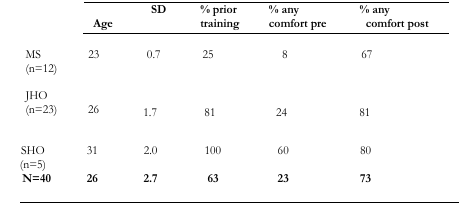
<table><thead><tr><td></td><td><b>Age</b></td><td><b>SD</b></td><td><b>% prior training</b></td><td><b>% any comfort pre</b></td><td><b>% any comfort post</b></td></tr></thead><tbody><tr><td>MS (n=12)</td><td>23</td><td>0.7</td><td>25</td><td>8</td><td>67</td></tr><tr><td>JHO (n=23)</td><td>26</td><td>1.7</td><td>81</td><td>24</td><td>81</td></tr><tr><td>SHO (n=5)</td><td>31</td><td>2.0</td><td>100</td><td>60</td><td>80</td></tr><tr><td><b>N=40</b></td><td><b>26</b></td><td><b>2.7</b></td><td><b>63</b></td><td><b>23</b></td><td><b>73</b></td></tr></tbody></table>